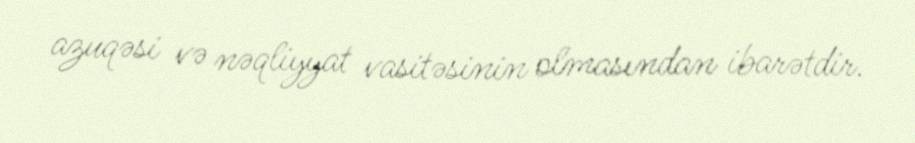
azuqəsi və nəqliyyat vasitəsinin olmasından ibarətdir.